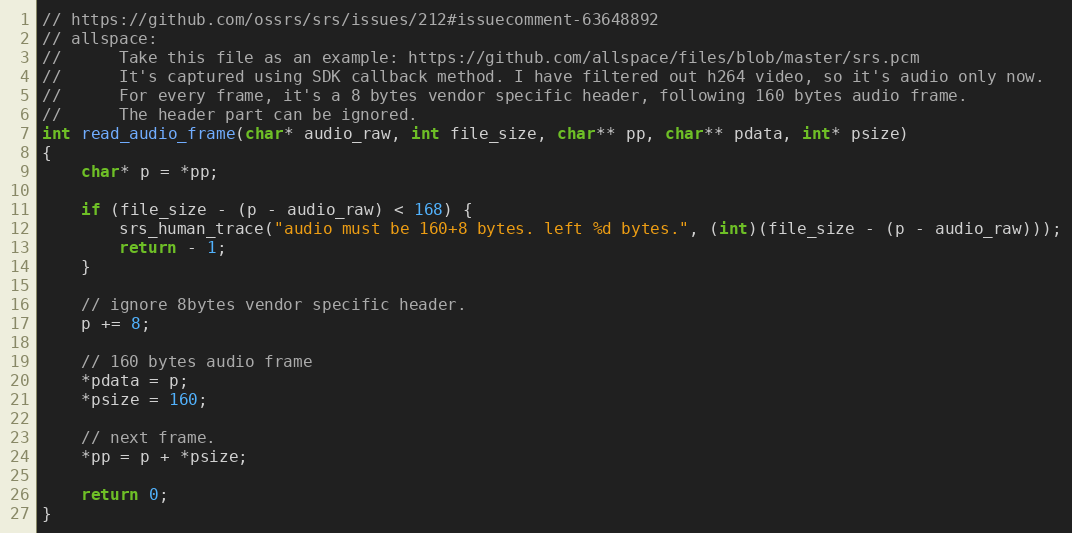
Language: C
// https://github.com/ossrs/srs/issues/212#issuecomment-63648892
// allspace:
//      Take this file as an example: https://github.com/allspace/files/blob/master/srs.pcm
//      It's captured using SDK callback method. I have filtered out h264 video, so it's audio only now.
//      For every frame, it's a 8 bytes vendor specific header, following 160 bytes audio frame.
//      The header part can be ignored.
int read_audio_frame(char* audio_raw, int file_size, char** pp, char** pdata, int* psize)
{
    char* p = *pp;

    if (file_size - (p - audio_raw) < 168) {
        srs_human_trace("audio must be 160+8 bytes. left %d bytes.", (int)(file_size - (p - audio_raw)));
        return - 1;
    }

    // ignore 8bytes vendor specific header.
    p += 8;

    // 160 bytes audio frame
    *pdata = p;
    *psize = 160;

    // next frame.
    *pp = p + *psize;

    return 0;
}